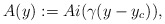
\begin{align*}A(y) := Ai ( \gamma (y - y_c) ),\end{align*}